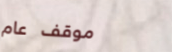
موقف عام